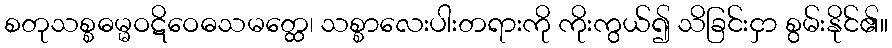
စတုသစ္စဓမ္မဝဋိဝေဓသမတ္ထေ၊ သစ္စာလေးပါးတရားကို ကိုးကွယ်၍ သိခြင်းငှာ စွမ်းနိုင်၏။